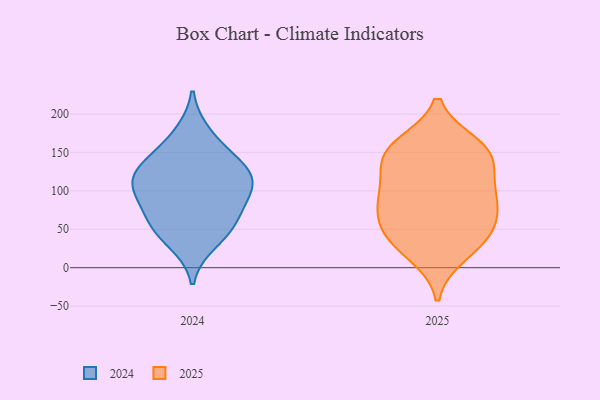
{"axis": {"x": "Gross Profit (USD K)", "y": "Value"}, "legend": ["2024", "2025"], "data": [{"x": "", "y": 101, "type": "2024"}, {"x": "", "y": 99, "type": "2024"}, {"x": "", "y": 56, "type": "2024"}, {"x": "", "y": 119, "type": "2024"}, {"x": "", "y": 130, "type": "2024"}, {"x": "", "y": 69, "type": "2024"}, {"x": "", "y": 53, "type": "2024"}, {"x": "", "y": 127, "type": "2024"}, {"x": "", "y": 100, "type": "2024"}, {"x": "", "y": 147, "type": "2024"}, {"x": "", "y": 175, "type": "2024"}, {"x": "", "y": 33, "type": "2024"}, {"x": "", "y": 150, "type": "2025"}, {"x": "", "y": 103, "type": "2025"}, {"x": "", "y": 159, "type": "2025"}, {"x": "", "y": 95, "type": "2025"}, {"x": "", "y": 148, "type": "2025"}, {"x": "", "y": 134, "type": "2025"}, {"x": "", "y": 18, "type": "2025"}, {"x": "", "y": 39, "type": "2025"}, {"x": "", "y": 53, "type": "2025"}, {"x": "", "y": 35, "type": "2025"}, {"x": "", "y": 61, "type": "2025"}, {"x": "", "y": 89, "type": "2025"}, {"x": "", "y": 82, "type": "2025"}, {"x": "", "y": 152, "type": "2025"}]}